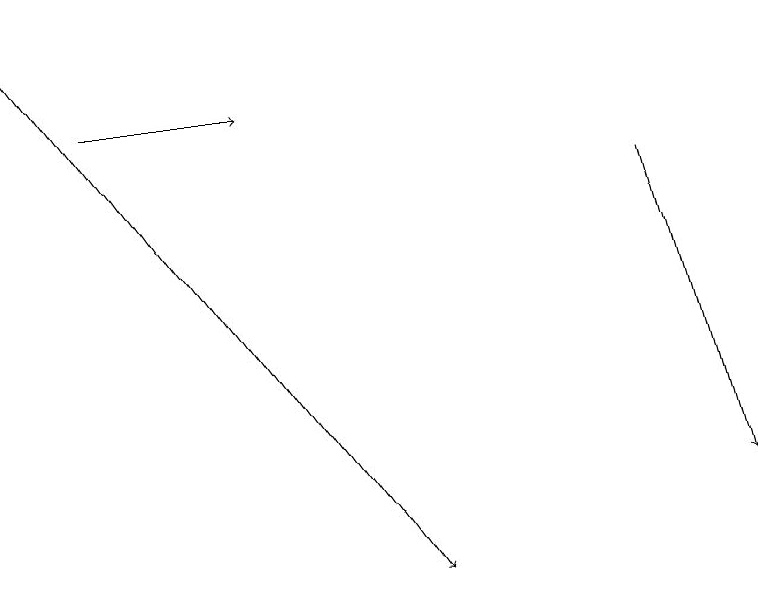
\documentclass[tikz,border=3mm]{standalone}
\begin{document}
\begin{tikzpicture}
\draw[->] (0,19) -- (5,12);
\draw[->] (1,18) -- (3,18);
\draw[->] (8,17) -- (9,13);
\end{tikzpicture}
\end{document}